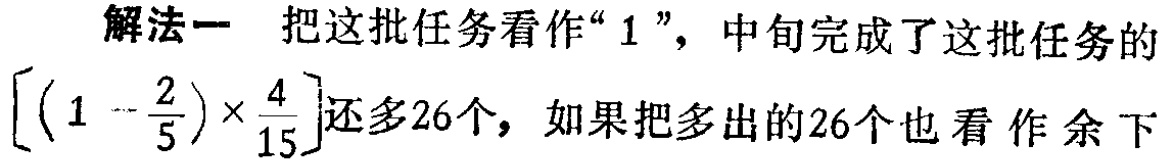
解法一 把这批任务看作“$1$”，中旬完成了这批任务的$\left[\left(1 - \frac{2}{5}\right)\times\frac{4}{15}\right]$还多26个，如果把多出的26个也看作余下